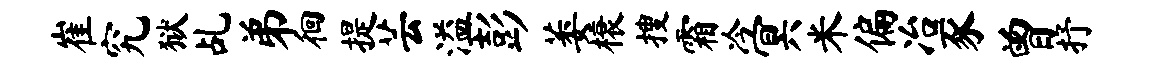
崔究狱乩弟徊提芸溢彭萎榱搜霜冷冥米偏冶豕曾抒